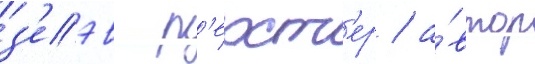
з'еэв р'ехт'ер / а́втор